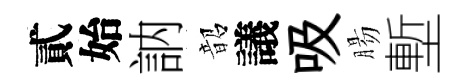
貳始訥韶議吸腸塹